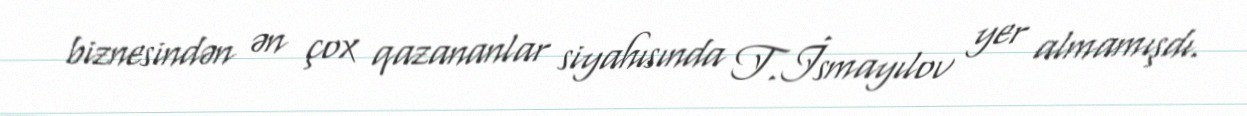
biznesindən ən çox qazananlar siyahısında T.İsmayılov yer almamışdı.